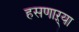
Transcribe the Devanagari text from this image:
हसणाऱ्या